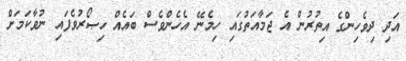
އަދި ދިވެހިންގެ އިތުރުން އެ ޖަމާއަތުގައި ހިމެނޭ އެހެންވެސް ބައެއް ހިޞޯރުވެފައި ނުވާކަމަށް